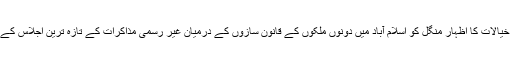
اُنھوں نے ان خیالات کا اظہار منگل کو اسلام آباد میں دونوں ملکوں کے قانون سازوں کے درمیان غیر رسمی مذاکرات کے تازہ ترین اجلاس کے موقع پر کیا۔